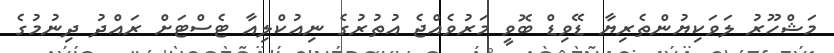
މަޝްހޫރު ލަވަކިޔުންތެރިޔާ ޑޭވިޑް ބޮވީ މަރުވެއްޖެ އުތުރުގެ ނިއުކްލިއާ ޓެސްޓަށް ރައްދު ދިނުމުގެ